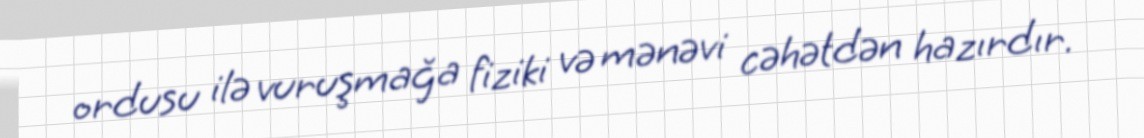
ordusu ilə vuruşmağa fiziki və mənəvi cəhətdən hazırdır.